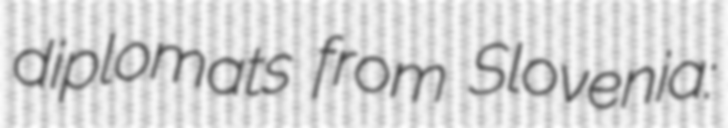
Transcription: diplomats from Slovenia: